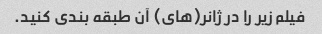
فیلم زیر را در ژانر(های) آن طبقه بندی کنید.